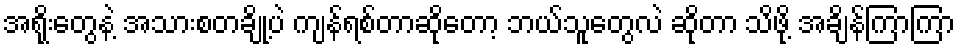
အရိုးတွေနဲ့ အသားစတချို့ပဲ ကျန်ရစ်တာဆိုတော့ ဘယ်သူတွေလဲ ဆိုတာ သိဖို့ အချိန်ကြာကြာ